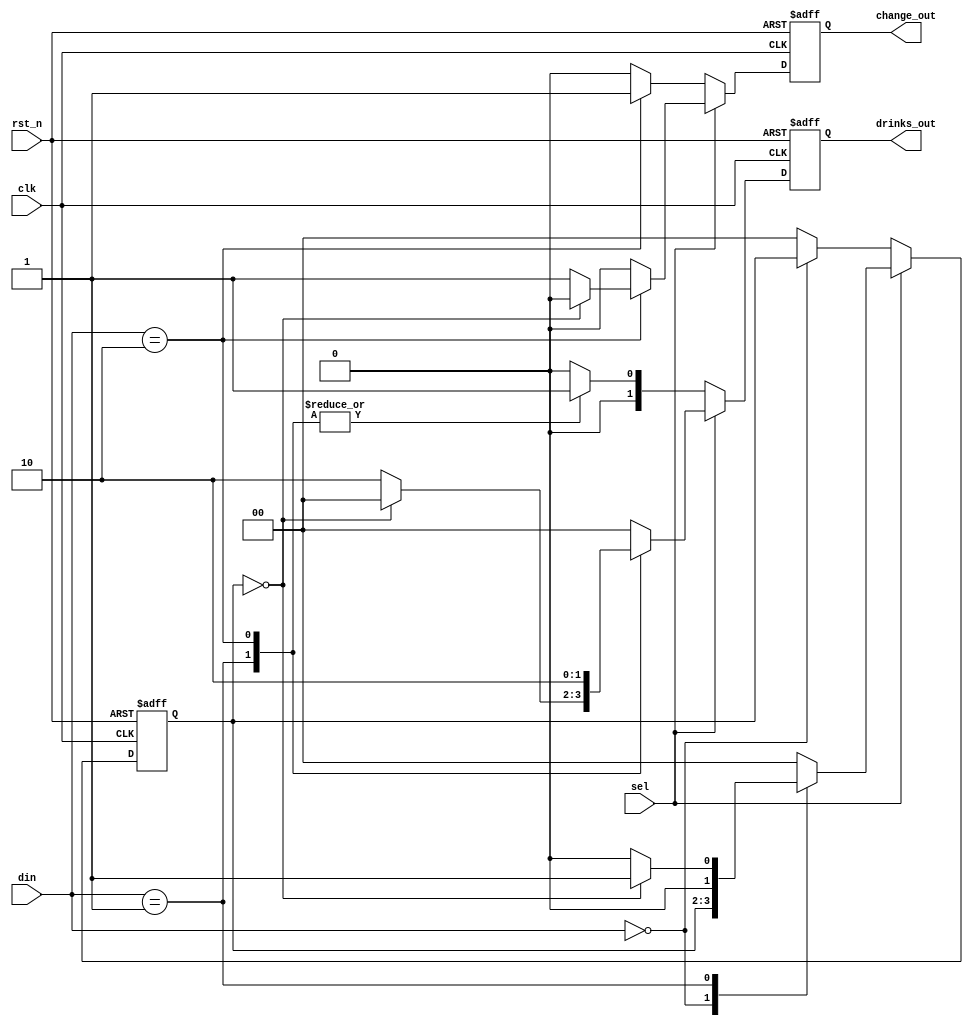
// ======================================================================
// Copyright (c) 2023-2023 All rights reserved
// ======================================================================
// Affiliation  : Tsinghua Univ & NeuraMatrix
// Revise Date  : 2023-06-08 14:26:53
// Description  : VL61 on nowcoder
// ======================================================================

module sale (
  input  wire       clk,
  input  wire       rst_n,
  input  wire       sel,
  input  wire [1:0] din,
  output wire [1:0] drinks_out,
  output wire       change_out
);

  reg [1:0] din_sum;
  reg [1:0] drinks_out_reg;
  reg       change_out_reg;

  assign drinks_out = drinks_out_reg;
  assign change_out = change_out_reg;

  always @(posedge clk or negedge rst_n) begin
    if(~rst_n) begin
      din_sum <= 2'd0;
      drinks_out_reg <= 2'd0;
      change_out_reg <= 1'b0;
    end else if (sel) begin
      case (din)
        2'd0 : begin
          drinks_out_reg <= 2'd0;
          change_out_reg <= 1'b0;
        end
        2'd1 : begin
          if (din_sum == 2'd0) begin
            din_sum <= 2'd1;
            drinks_out_reg <= 2'd0;
            change_out_reg <= 1'b0;
          end else begin
            din_sum <= 2'd0;
            drinks_out_reg <= 2'd2;
            change_out_reg <= 1'b0;
          end
        end
        2'd2 : begin
          if (din_sum == 2'd0) begin
            din_sum <= 2'd0;
            drinks_out_reg <= 2'd2;
            change_out_reg <= 1'b0;
          end else begin
            din_sum <= 2'd0;
            drinks_out_reg <= 2'd2;
            change_out_reg <= 1'b1;
          end
        end
        default : begin
          din_sum <= 2'd0;
          drinks_out_reg <= 2'd0;
          change_out_reg <= 1'b0;
        end
      endcase
    end else begin
      case (din)
        2'd0 : begin
          drinks_out_reg <= 2'd0;
          change_out_reg <= 1'b0;
        end
        2'd1 : begin
          din_sum <= 2'd0;
          drinks_out_reg <= 2'd1;
          change_out_reg <= 1'b0;
        end
        2'd2 : begin
          din_sum <= 2'd0;
          drinks_out_reg <= 2'd1;
          change_out_reg <= 1'b1;
        end
        default : begin
          din_sum <= 2'd0;
          drinks_out_reg <= 2'd0;
          change_out_reg <= 1'b0;
        end
      endcase
    end
  end

endmodule